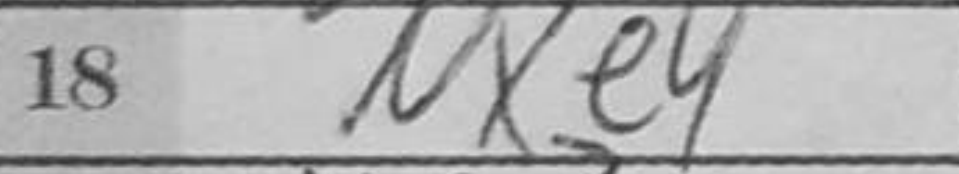
Transcription: Nxe4